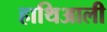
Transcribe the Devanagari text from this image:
हाथिआली